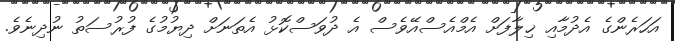
އަހަރެންގެ އެދުމާއި ޚިލާފަށް އެމްއެސްއޭވެސް އެ ދުވަސްކޮޅު އެތަނަށް ދިޔުމުގެ ފުރުސަތު ނުދިނެވެ.